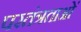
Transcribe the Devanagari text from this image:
परतंत्रताओं